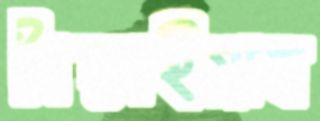
টাঙ্গাইয়াছ